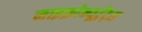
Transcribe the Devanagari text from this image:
माइक्रोन्यूट्रेंट्स